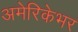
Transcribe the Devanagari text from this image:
अमेरिकेभर